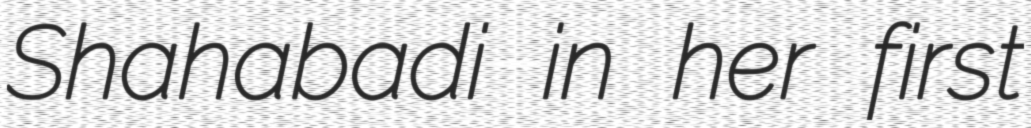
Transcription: Shahabadi in her first